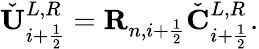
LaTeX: \check{\mathbf{U}}_{i+\frac{1}{2}}^{L,R}=\mathbf{R}_{n,i+\frac{1}{2}}\check{\mathbf{C}}_{i+\frac{1}{2}}^{L,R}.